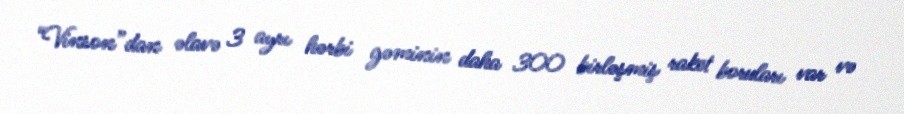
“Vinson”dan əlavə 3 ayrı hərbi gəminin daha 300 birləşmiş raket boruları var və